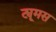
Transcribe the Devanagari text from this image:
ट्यूमस